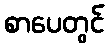
စာပေတွင်